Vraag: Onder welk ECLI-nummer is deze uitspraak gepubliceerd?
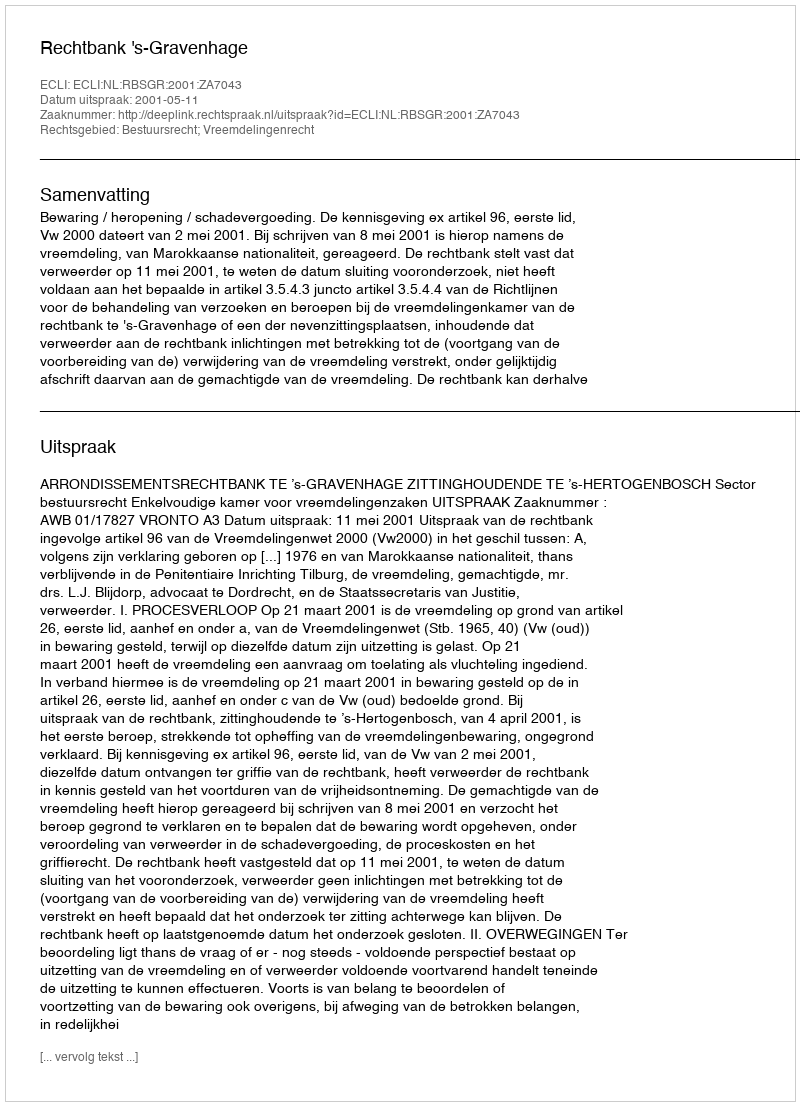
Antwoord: ECLI:NL:RBSGR:2001:ZA7043